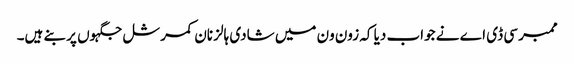
ممبر سی ڈی اے نے جواب دیا کہ زون ون میں شادی ہالز نان کمرشل جگہوں پر بنے ہیں۔